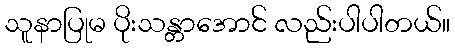
သူနာပြုမ ပိုးသန္တာအောင် လည်းပါပါတယ်။